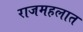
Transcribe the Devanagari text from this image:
राजमहलात